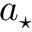
a _ { \star }